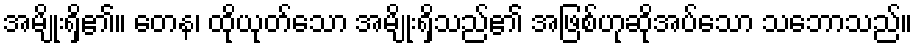
အမျိုးရှိ၏။ တေန၊ ထိုယုတ်သော အမျိုးရှိသည်၏ အဖြစ်ဟုဆိုအပ်သော သဘောသည်။